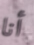
أنا